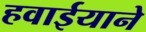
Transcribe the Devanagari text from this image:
हवाईयाने